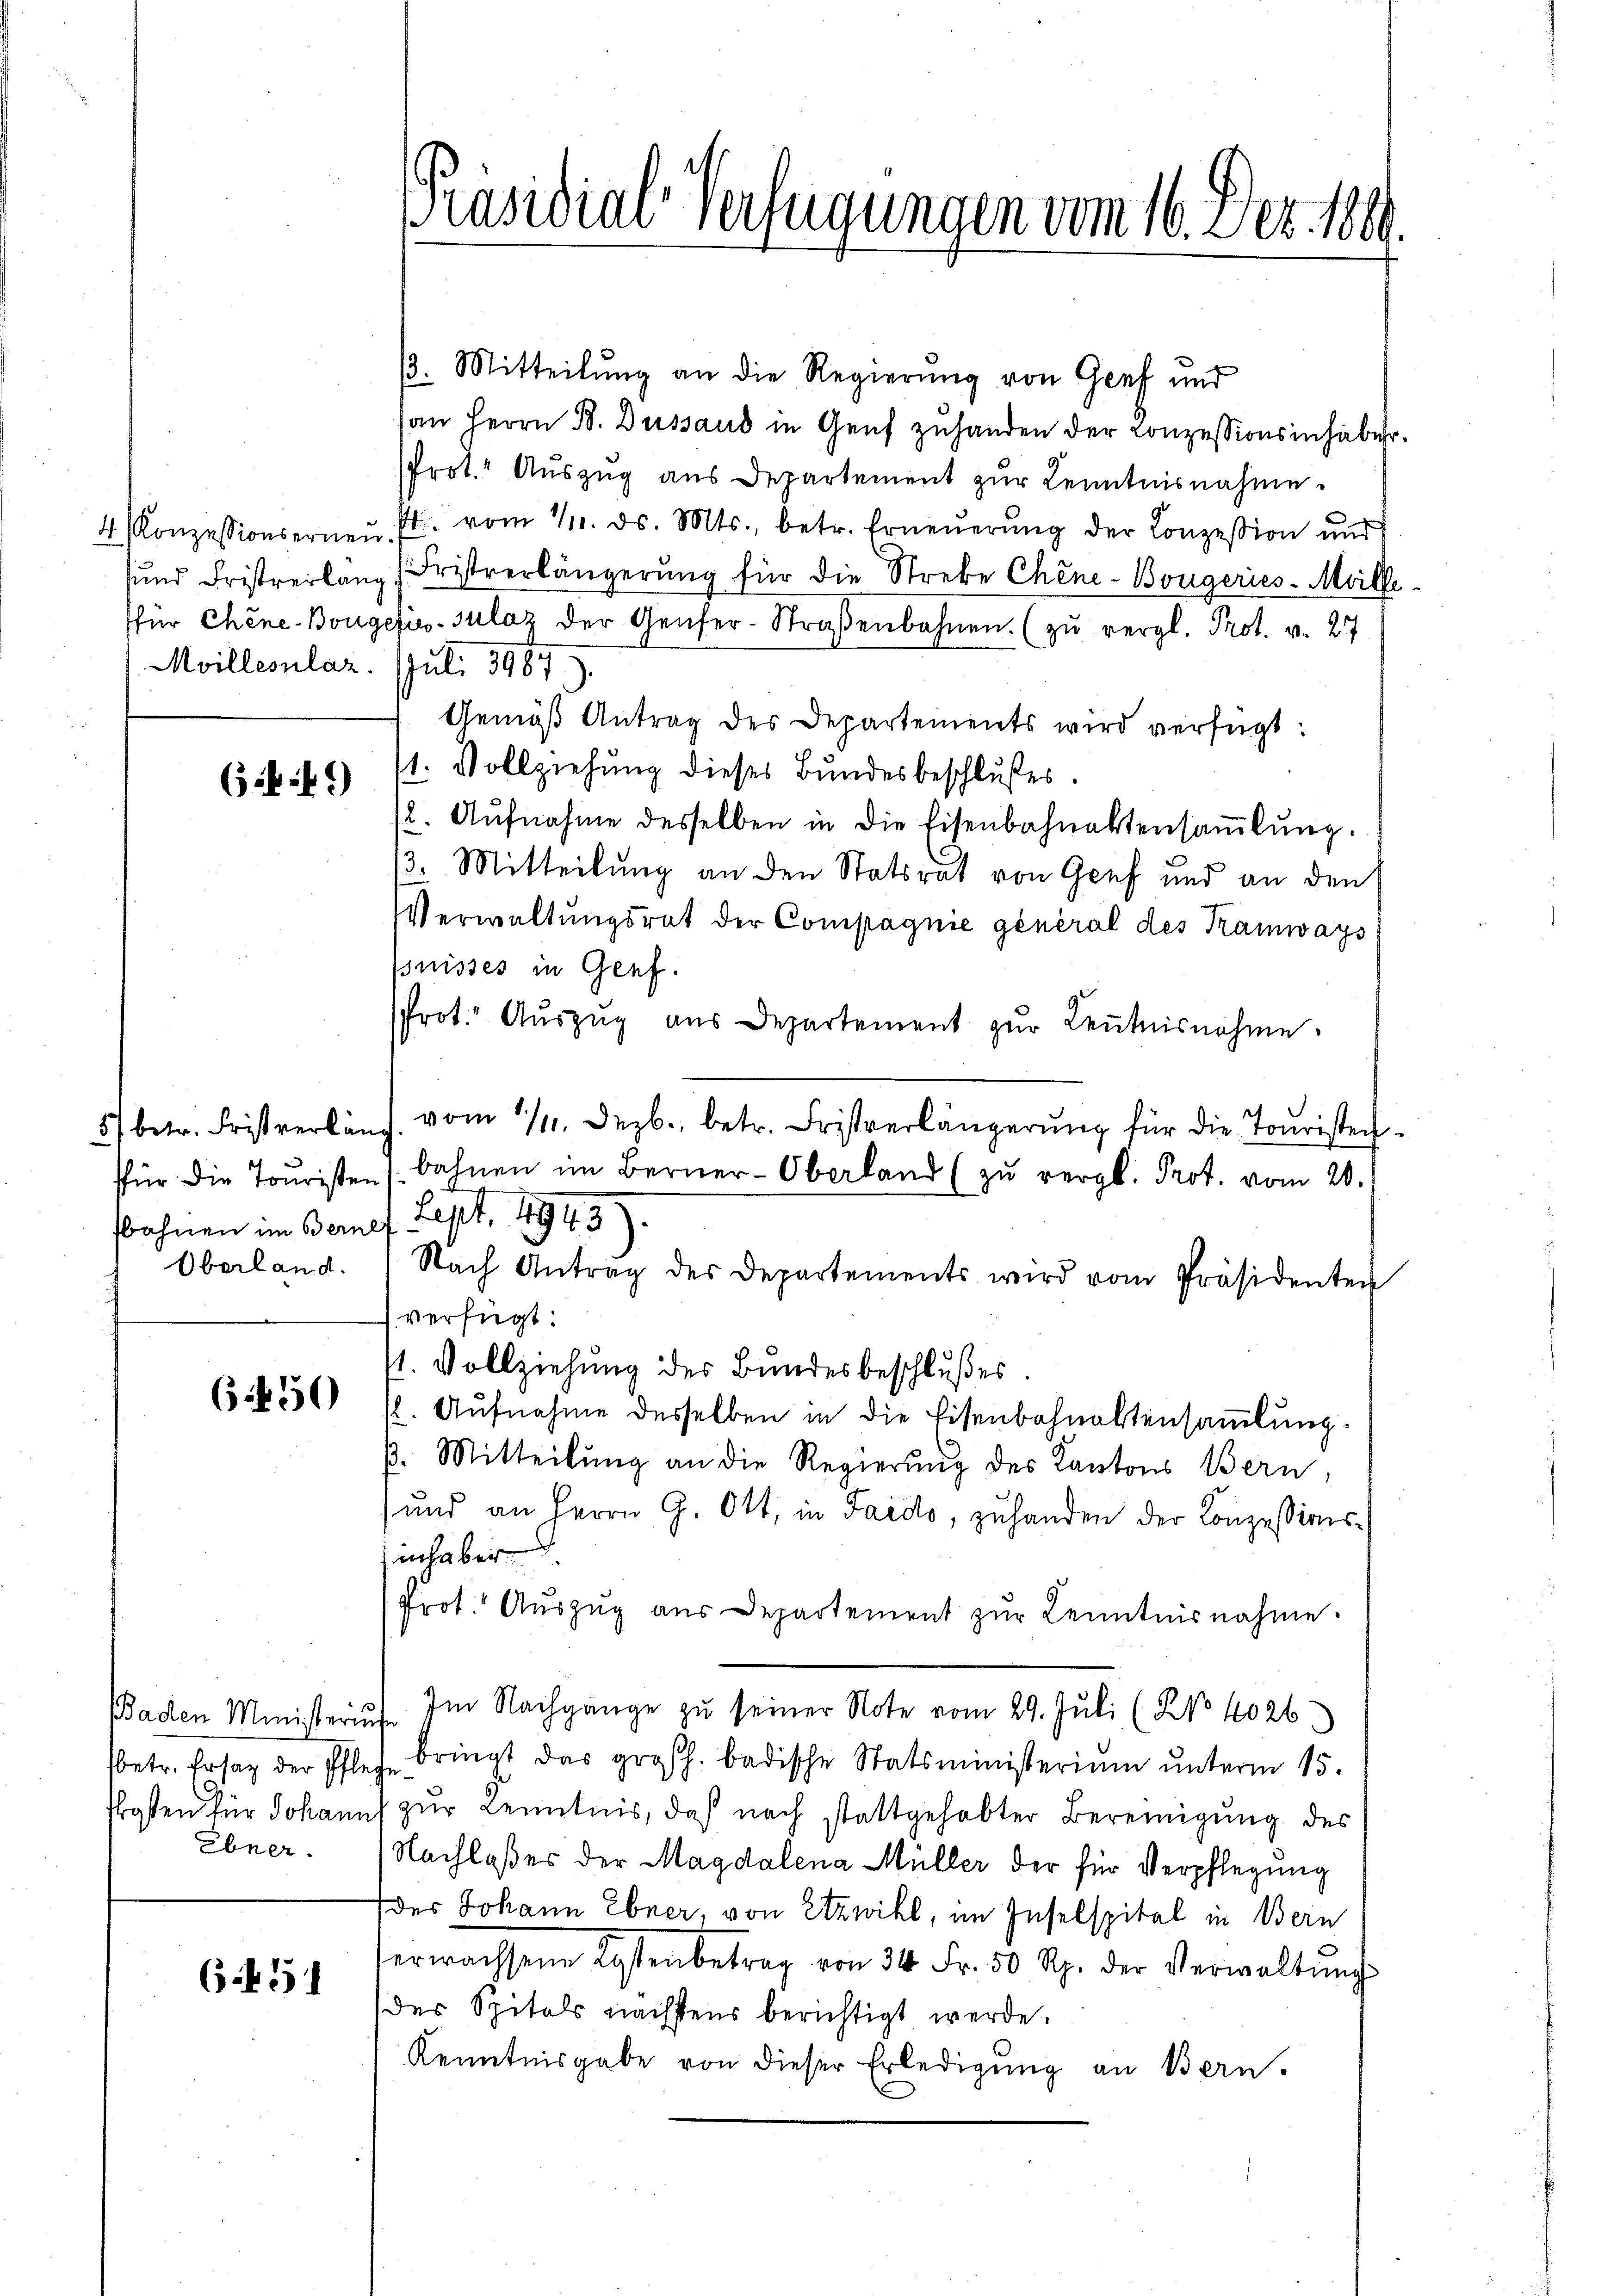
Moillesnlaz. Juli 1987)

64 f.)

bohnen im Bernef Sept. 1943)

6450

sbetr. Ersatz der Pflege
Ebner.

6451

/3. Mitteilŭng an die Regierŭng von Genf und
an Herrn B. Dessaus in Genf zuhanden der Conzessionsinhaber
Prot. Auszug aus Departement zŭr Kenntnisnahme.
4. Konzessionsernen fl. vom 11. ds. Mts., betr. Erneŭerŭng der Conzession und
sund Fristverlang Fristverlängerung für die Strebe Chine-Bougeries-Meille
für Chene Bougelis-Sulaz der Genfer-Straβenbahnen. (zu vergl. Prot. v. 27
Gemäß Antrag des Departements wird verfügt:
11. Vollziehung dieses Bundesbeschlußes.
(2. Aŭfnahme desselben in die Eisenbahnaktensaṁlŭng.
13. Mitteilung an den Statsrat von Genf und an den
Verwaltungsrat der Compagnie general des Kamways
puisses in Genf.
Prot. Aŭszŭg aŭs Departement zŭr Keṅtnisnahme.
57 betr. Fristverlang vom 14. Dezb., betr. Fristverlängerŭng für die Touristenfür die Touristen (bahnen im Berner-Oberland (zŭ vergl. Prot. vom 20.
Oberland. Nach Antrag des Departements wird vom Präsidenten
verfügt:
/1. Vollziehung des Bundesbeschlußes.
sl. Aufnahme desselben in die Eisenbahnaltensammlung.
ß. Mitteilŭng an die Regierung des Kantons Bern,
und an Herrn G. Ott, in Sard., zu handen der Konzessionsinhaber
Prot. Auszug aus Departement zŭr Kenntnisnahme.
Baden Ministerius. Im Nachgänge zu seiner Note vom 29. Juli (NNo. 4026)
bringt das großh. badische Statsministerium unterm 15.
Posten für Johanns zur Kenntnis, daß nach stattgehabter Bereinigung des
Nachlaßes der Magdalena Müller der für Verpflegung
des Johann Ebner, von Etzwill, im Inselspital in Bern
verwachsene Kostenbetrag von 34. Fr. 50 Rp. der Verwaltŭng
der Spitals nächstens berichtigt werde.
Kenntnisgabe von dieser Erledigung an Bern.

Präsidial-Verfügungen vom 16. Dez. 1860.